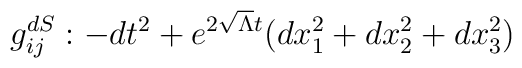
g_{ij}^{dS} :  -dt^{2}+e^{2\sqrt{\Lambda } t}(dx_{1}^{2}+dx_{2}^{2}+dx_{3}^{2})